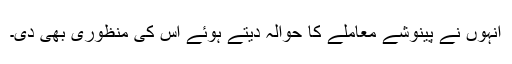
انہوں نے پینوشے معاملے کا حوالہ دیتے ہوئے اس کی منظوری بھی دی۔